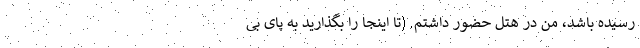
رسیده باشد، من در هتل حضور داشتم. (تا اینجا را بگذارید به پای بی